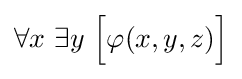
\forall x\ \exists y\ {\Big [}\varphi (x,y,z){\Big ]}